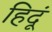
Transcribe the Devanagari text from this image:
हिदूं